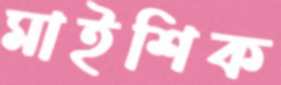
মাইশিক